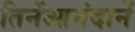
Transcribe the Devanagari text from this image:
तिनेंआनंदानें